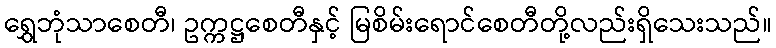
ရွှေဘုံသာစေတီ၊ ဥက္ကဋ္ဌစေတီနှင့် မြစိမ်းရောင်စေတီတို့လည်းရှိသေးသည်။